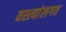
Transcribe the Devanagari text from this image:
वस्त्यांलगत